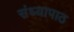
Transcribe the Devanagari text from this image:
संध्यापाठ